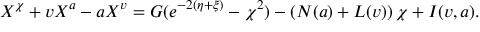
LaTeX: X ^ { \chi } + v X ^ { a } - a X ^ { v } = G ( e ^ { - 2 ( \eta + \xi ) } - \chi ^ { 2 } ) - \left( N ( a ) + L ( v ) \right) \chi + I ( v , a ) .